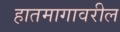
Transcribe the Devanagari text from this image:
हातमागावरील